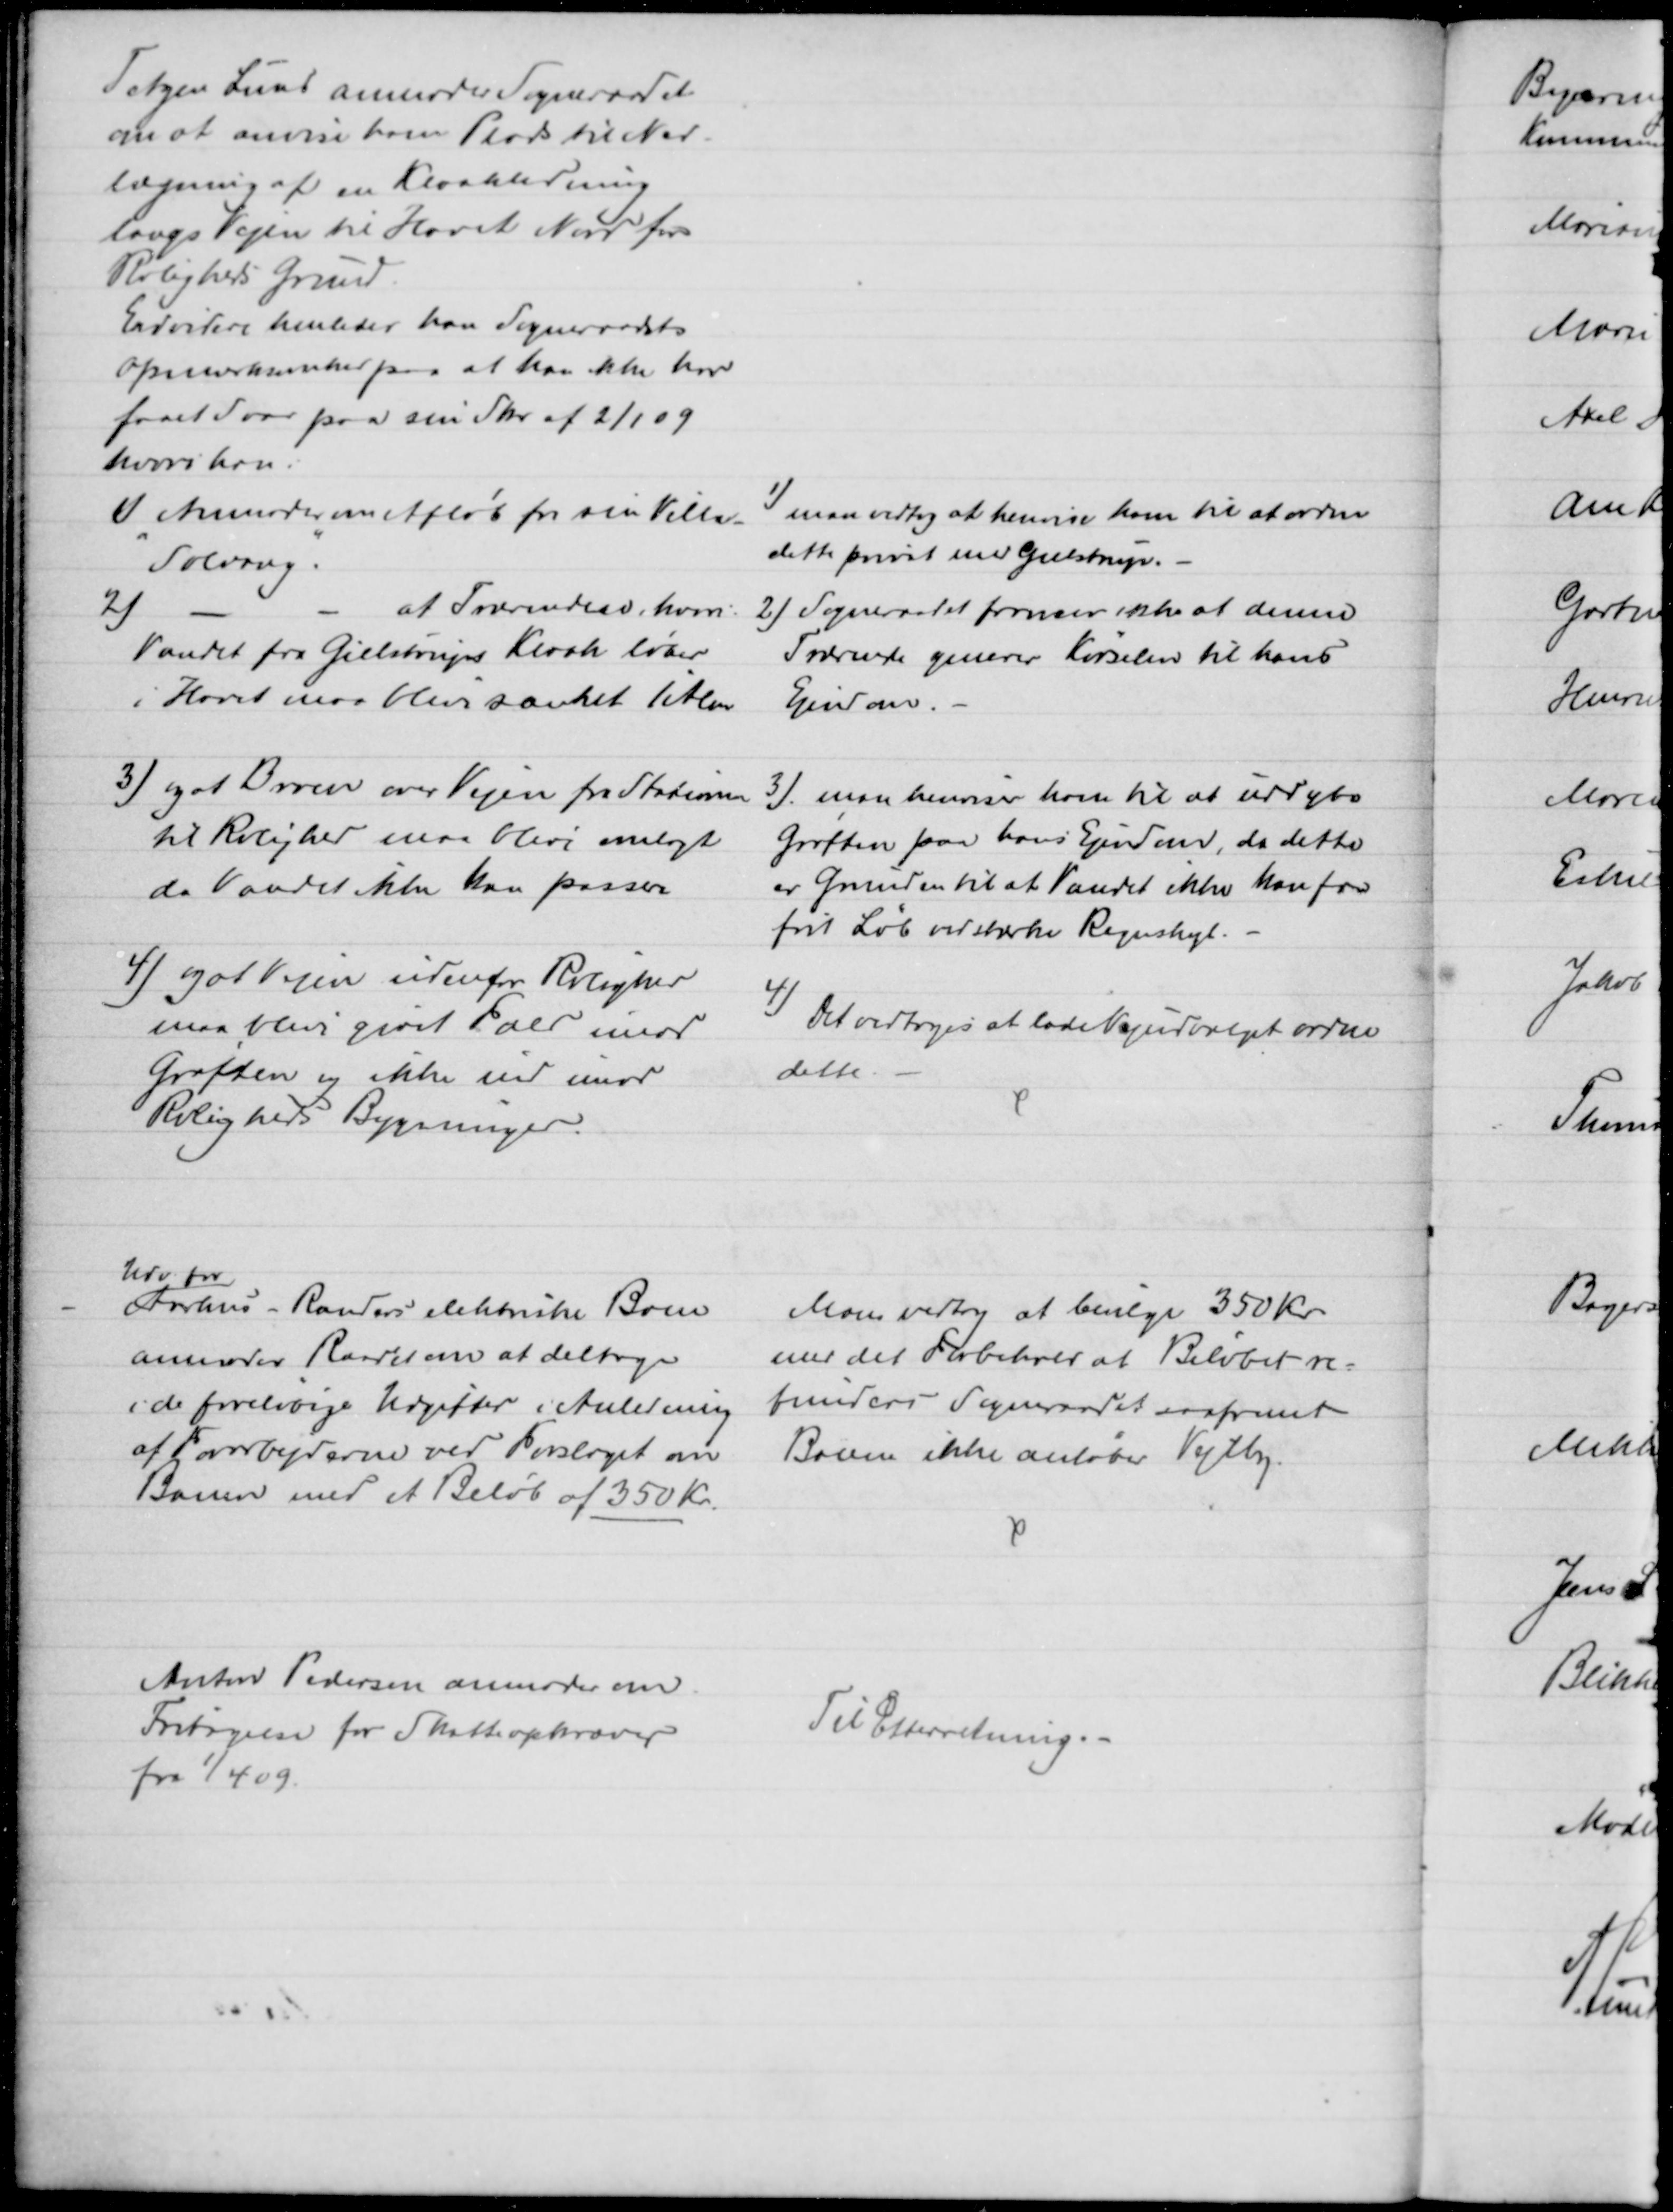
Transskription:
Tetzen Lund anmoder Sogneraadet
om at anvise ham Plads til Ned-
lægning af en Kloakledning
langs Vejen til Havet Nord for
Roligheds Grund.
Endvidere henleder han Sogneraadets
Opmærksomhed paa at han ikke har
faaet Svar paa sin Skr. af 2/1 09
hvori han:
1) Anmoder om Afløb fra sin Villa -
"Solvang".
1) man vedtog at henvise ham til at ordne
dette privat med Gielstrup.
2)
at Tavrenden, hvori
Vandet fra Gielstrups Kloak løber
i Havet maa blive sænket 1 Alen
2) Sogneraadet formener ikke at denne 
Tavrende generer Kørselen til hans
Ejendom.
3) og at Broen over Vejen fra Stationen
til Rolighed maa blive omlagt
da Vandet ikke kan passere
3) man henviser ham til at uddybe
Grøften paa hans Ejendom, da dette
er Grunden til at Vandet ikke kan faa
frit Løb ved stærke Regnskyl. 
4) og at Vejen udenfor Rolighed
maa blive givet Fald imod
Grøften og ikke ind imod
Roligheds Bygninger.
4) Det vedtoges at lade Vejudvalget ordne 
dette.
Udv. for
Aarhus - Randers elektriske Bane
anmoder Raadet om at deltage
i de foreløbige Udgifter i Anledning
af Forarbejderne ved Forslaget om
Banen med et Beløb af 350 Kr.
Man vedtog at bevilge 350 Kr.
med det Forbehold at Beløbet re=
funderes Sogneraadet saafremt
Banen ikke anløber Vejlby.
Anton Pedersen anmoder om
Fritagelse for Skatteopkræver
fra 1/4 09.
Til Efterretning.